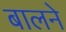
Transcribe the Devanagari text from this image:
बालने